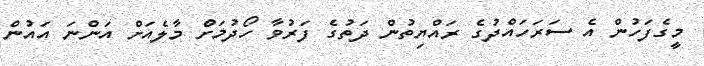
މީގެފަހުން އެ ސަރަހައްދުގެ ރައްޔިތުން ދަތުގެ ފަރުވާ ހޯދުމަށް މާލެއަށް އަންނަ އައުން